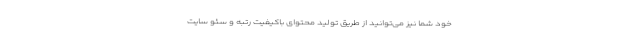
خود شما نیز می‌توانید از طریق تولید محتوای باکیفیت رتبه و سئو سایت